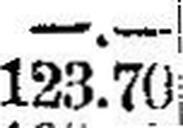
123.70